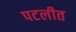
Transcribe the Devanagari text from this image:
पटलीत